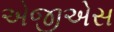
એજીએસ